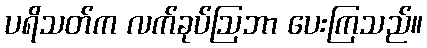
ပရိသတ်က လက်ခုပ်ဩဘာ ပေးကြသည်။